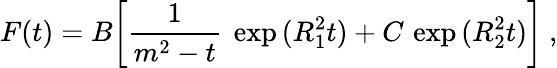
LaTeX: F(t)=B{\left[\frac{1}{m^{2}-t}\ \exp{(R_{1}^{2}t)}+C\, \exp{(R_{2}^{2}t)}\right]}\ ,